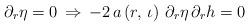
LaTeX: \begin{align*}\partial_{r}\eta=0\,\Rightarrow\,-2\,a\left(r,\,\iota\right)\,\partial_{r}\eta\,\partial_{r}h=0\end{align*}